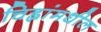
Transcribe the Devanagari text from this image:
चिह्नांमधील